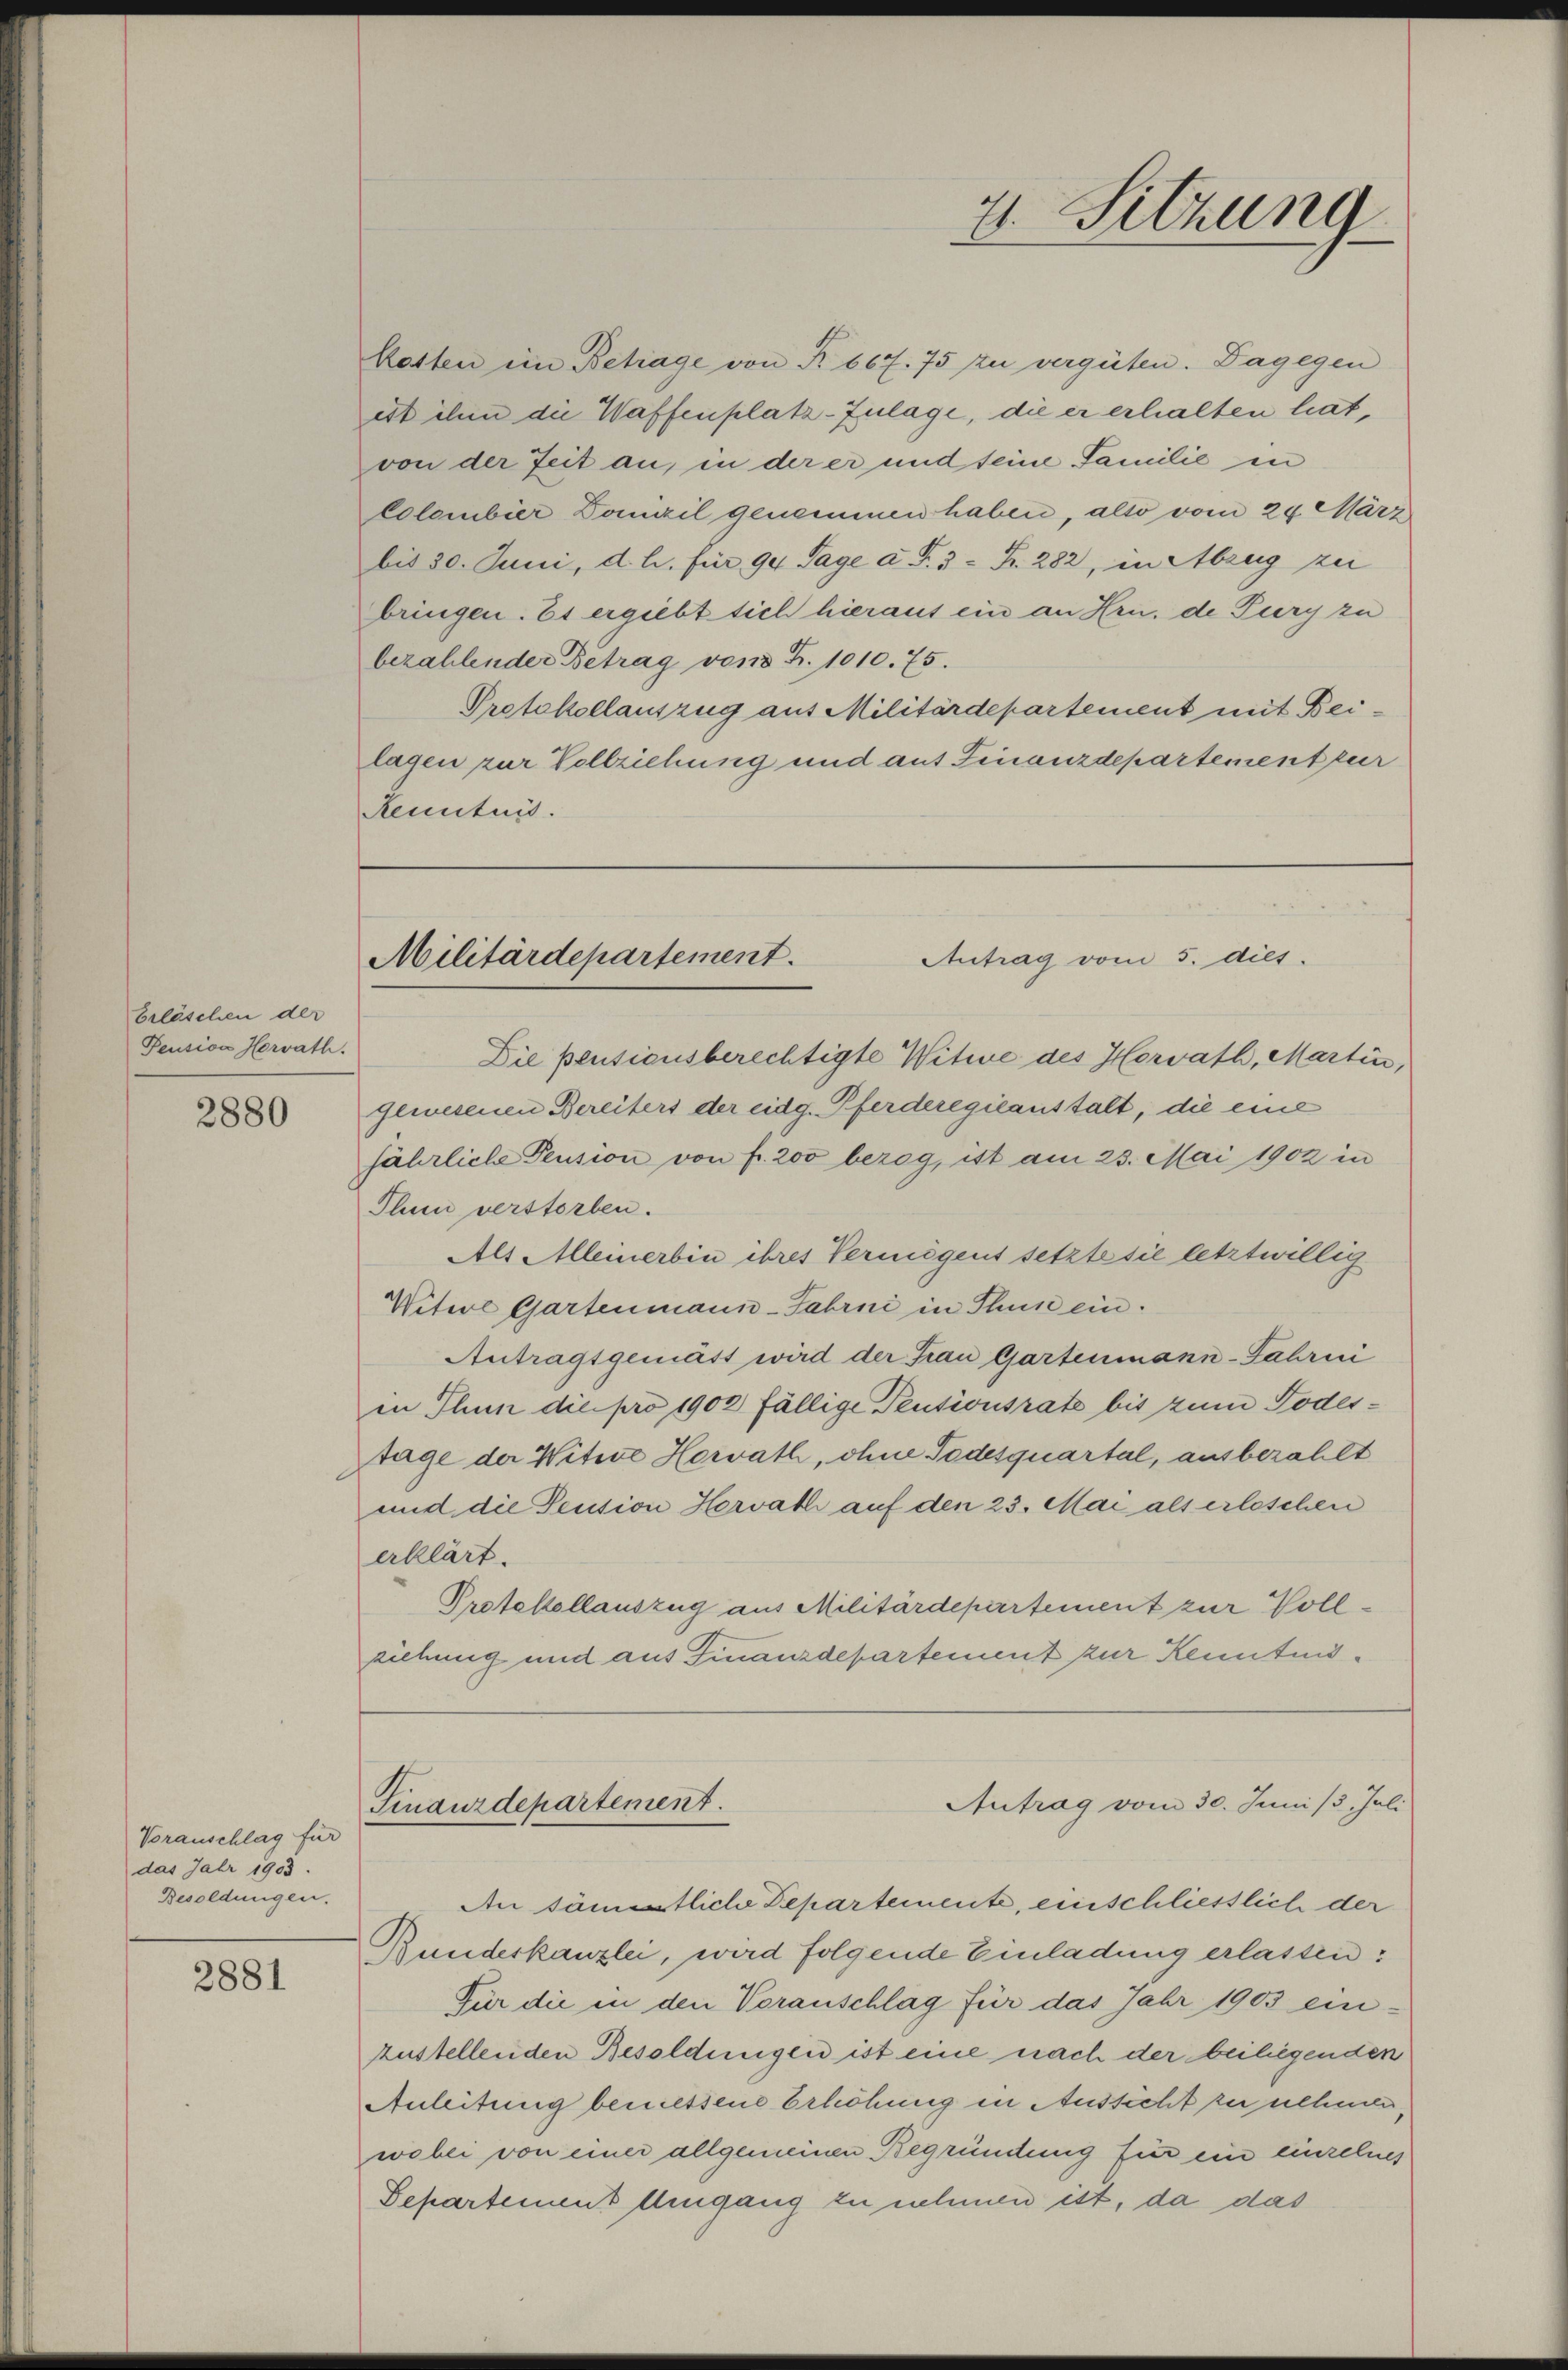
beläschen der
Pension Herrath.

2880

Voranschlag für
das Jahr 1903.
Besoldungen.

2881

kasten ein Betrage von R. 667. 75 zu vergüten. Dagegen
est ihm die Waffenplatz-Zulage, die er erhalten hat,
von der Zeit an, in der er und seine Familie in
Colombier Domizil genommen haben, also vom 24 März
bis 30. Juni, d. h. für 90 Tage a P. 3 - Fr. 282, in Abzug zu
bringen. Es ergiebt sich hieraus ein an Hrn. de Pury zu
bezahlender Betrag von Fr. 1010. 75.
Protokollauszug aus Militärdepartement mit Beilagen zur Vollziehung und aus Finanzdepartement zur
Kenntnis.

4. Sitzung

Antrag vom 5. dies.
Militärdepartement.

Die pensionsberechtigte Witwe des Horrath, Martin,
gewesenen Bereiters der eidg. Pferderegilanstalt, die eine
fährliche Pension von fr. 200 bezog, ist am 23. Mai 1902 in
Thun verstorben.
Als Alleinerbin ihres Vermögens setzte sie letztwillig
Witwe Gartenmann-Fahrni in Thun ein.
Antragsgemäss wird der Frau Gartenmann-Fahrni
in Thun die pro 1902 fällige Teutionsrate bis zum Todestage der Witwe Herrath, ohne Todesquartal, ausbezahlt
und die Pension Herrath auf den 23. Mai als erleschen
erklärt.
Protokollauszug aus Militärdepartement zur Vollziehung und aus Finanzdepartement zur Kenntnis¬

Antrag vom 30. Juni 13. Juli
Singurdepartement.

An sämtliche Departemente, einschliesslich der
Bundeskanzlei, wird folgende Einladung erlassen:
Für die in den Voranschlag für das Jahr 1903 einzustellenden Besoldungen ist eine nach der beiliegenden
Anleitung bemessene Erhöhung in Aussicht zu nehmen
wobei von einer allgemeinen Begründung für ein einzelnes
Separtemens Umgang zu nehmend ist, da das